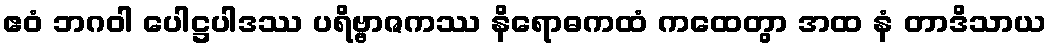
ဧဝံ ဘဂဝါ ပေါဋ္ဌပါဒဿ ပရိဗ္ဗာဇကဿ နိရောဓကထံ ကထေတွာ အထ နံ တာဒိသာယ